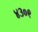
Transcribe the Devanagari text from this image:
४३०९